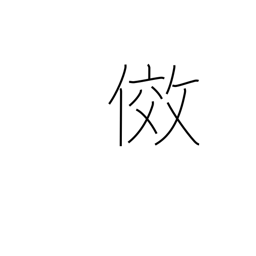
Meaning: emulate